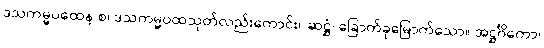
ဒသကမ္မပထေန စ၊ ဒသကမ္မပထသုတ်လည်းကောင်း။ ဆဋ္ဌံ၊ ခြောက်ခုမြောက်သော။ အဋ္ဌင်္ဂိကော၊